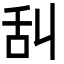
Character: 舏